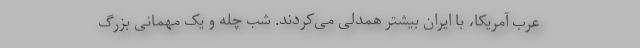
عرب آمریکا، با ایران بیشتر همدلی می‌کردند. شب چله و یک مهمانی بزرگ